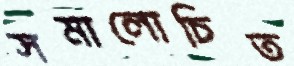
সমালোচিত